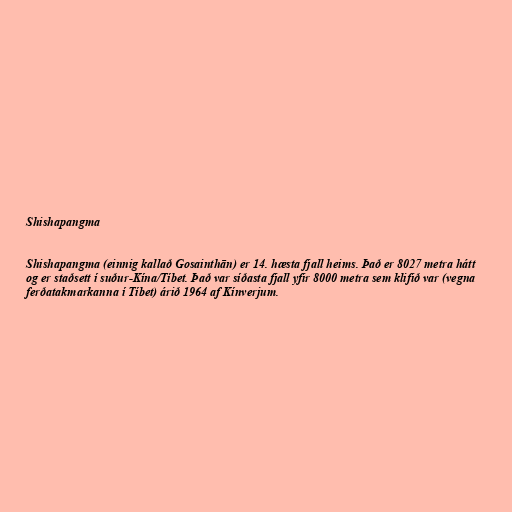
Shishapangma

Shishapangma (einnig kallað Gosainthān) er 14. hæsta fjall heims. Það er 8027 metra hátt
og er staðsett í suður-Kína/Tíbet. Það var síðasta fjall yfir 8000 metra sem klifið var (vegna
ferðatakmarkanna í Tíbet) árið 1964 af Kínverjum.